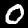
Digit: 0